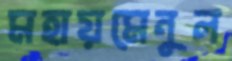
মহায়মেনুল